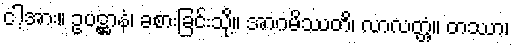
ငါ့အား။ ဥပဋ္ဌာနံ၊ ခစားခြင်းသို့။ အာဂမိဿတိ၊ လာလတ္တံ့။ တဿာ၊